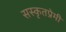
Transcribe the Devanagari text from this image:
सस्कृतप्रेमी